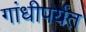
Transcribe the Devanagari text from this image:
गांधीपर्यंत